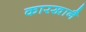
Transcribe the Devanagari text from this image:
कारखानै